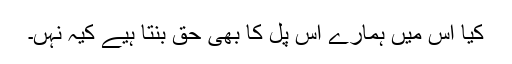
کيا اس ميں ہمارے اس پل کا بھی حق بنتا ہيے کيہ نہں۔